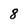
Character: 8